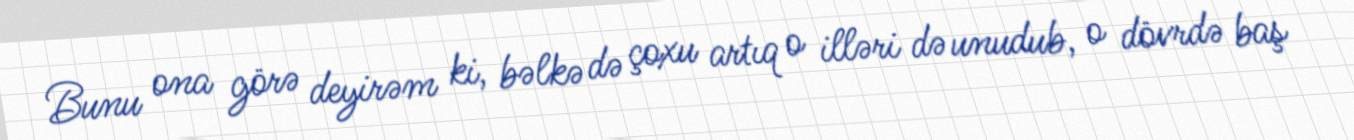
Bunu ona görə deyirəm ki, bəlkə də çoxu artıq o illəri də unudub, o dövrdə baş